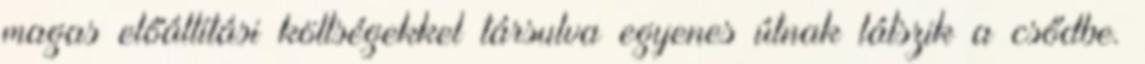
magas előállítási költségekkel társulva egyenes útnak látszik a csődbe.